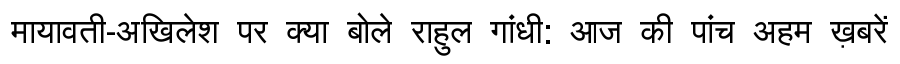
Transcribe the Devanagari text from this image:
मायावती-अखिलेश पर क्या बोले राहुल गांधी: आज की पांच अहम ख़बरें